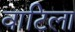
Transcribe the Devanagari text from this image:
वाटिला